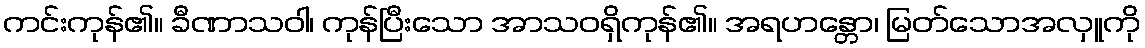
ကင်းကုန်၏။ ခီဏာသဝါ၊ ကုန်ပြီးသော အာသဝရှိကုန်၏။ အရဟန္တော၊ မြတ်သောအလှူကို